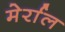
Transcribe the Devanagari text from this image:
मेर्राल